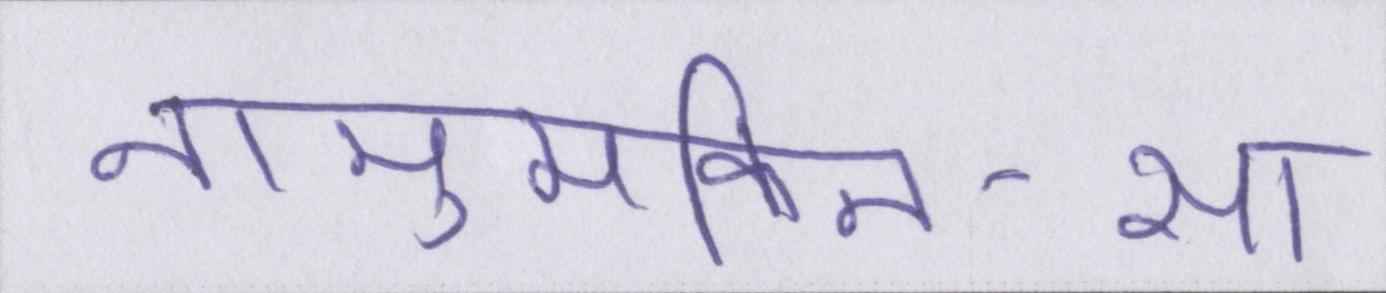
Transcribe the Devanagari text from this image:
नामुमकिन-सा